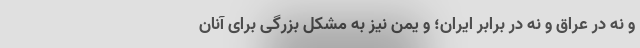
و نه در عراق و نه در برابر ایران؛ و یمن نیز به مشکل بزرگی برای آنان